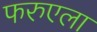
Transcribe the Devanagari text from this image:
फरुएला